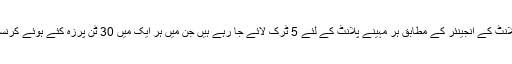
جیانگ زو کے پاور پلانٹ کے انجینئر کے مطابق ہر مہینے پلانٹ کے لئے 5 ٹرک لائے جا رہے ہیں جن میں ہر ایک میں 30 ٹن پرزہ کئے ہوئے کرنسی نوٹ لدے ہوتے ہیں۔